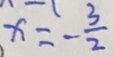
x = - \frac { 3 } { 2 }